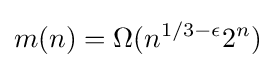
m(n)=\Omega (n^{1/3-\epsilon }2^{n})